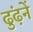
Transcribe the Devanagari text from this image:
ढुंढ़नें